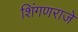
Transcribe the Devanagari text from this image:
शिंगणराजे